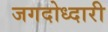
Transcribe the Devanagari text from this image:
जगदोध्दारी